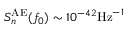
S _ { n } ^ { \mathrm { A E } } ( f _ { 0 } ) \sim 1 0 ^ { - 4 2 } \mathrm { H z } ^ { - 1 }